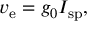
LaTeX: v _ { \mathrm { e } } = g _ { 0 } I _ { \mathrm { s p } } ,